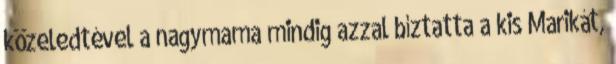
közeledtével a nagymama mindig azzal bíztatta a kis Marikát,